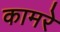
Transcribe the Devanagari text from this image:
कामरे